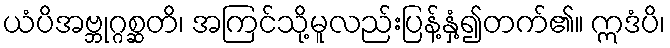
ယံပိအဗ္ဘုဂ္ဂစ္ဆတိ၊ အကြင်သို့မူလည်းပြန့်နှံ့၍တက်၏။ ဣဒံပိ၊